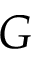
G